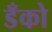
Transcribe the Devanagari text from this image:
डँको